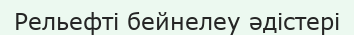
Рельефті бейнелеу әдістері